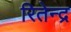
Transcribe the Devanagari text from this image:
रितेन्द्र